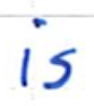
Text: is
Cross-out: clean
Writing tool: ballpoint